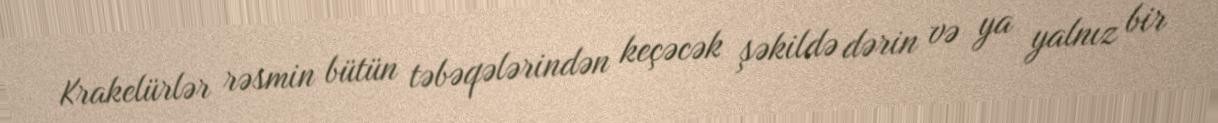
Krakelürlər rəsmin bütün təbəqələrindən keçəcək şəkildə dərin və ya yalnız bir